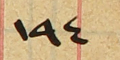
١٩٤